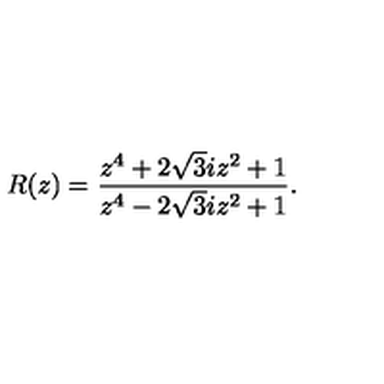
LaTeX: R ( z ) = \frac { z ^ { 4 } + 2 \sqrt { 3 } i z ^ { 2 } + 1 } { z ^ { 4 } - 2 \sqrt { 3 } i z ^ { 2 } + 1 } .